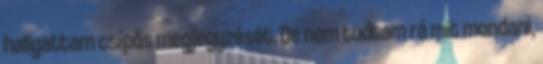
hallgattam csípős megjegyzését. De nem tudtam rá mit mondani,